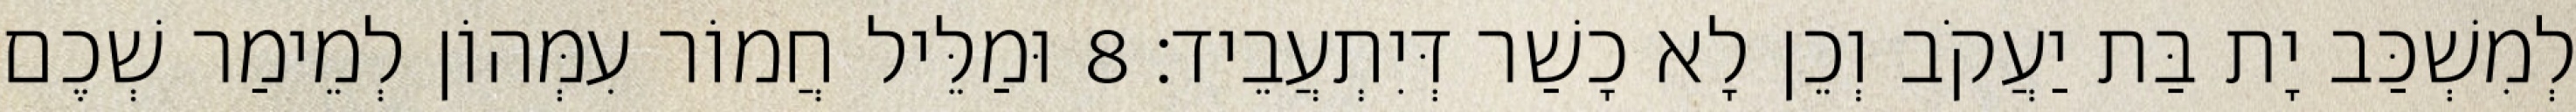
לְמִשְׁכַּב יָת בַּת יַעֲקֹב וְכֵן לָא כָשַׁר דְּיִתְעֲבֵיד׃ 8 וּמַלֵּיל חֲמוֹר עִמְּהוֹן לְמֵימַר שְׁכֶם